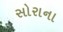
સોરાના